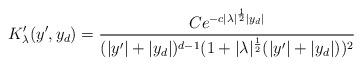
LaTeX: \begin{align*} K'_{\lambda}(y',y_d) &= \frac{Ce^{-c|\lambda|^{\frac{1}{2}}|y_d|}}{(|y'|+|y_d|)^{d-1}(1+|\lambda|^{\frac{1}{2}}(|y'| +|y_d|))^{2}}\end{align*}